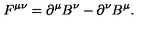
F ^ { \mu \nu } = \partial ^ { \mu } B ^ { \nu } - \partial ^ { \nu } B ^ { \mu } .